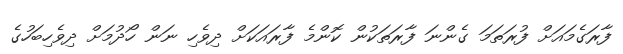
ފާރަގެމައަށް ފުރަތަމަ ގެންނަ ފާރަތަކުން ކޮންމެ ފާރައަކަށް ދިވެހި ނަން ހޯދުމަށް ދިވެހިބަހުގެ